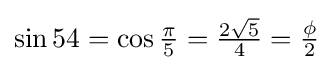
{\textstyle \sin {54}=\cos {\frac {\pi }{5}}={\frac {2{\sqrt {5}}}{4}}={\frac {\phi }{2}}}